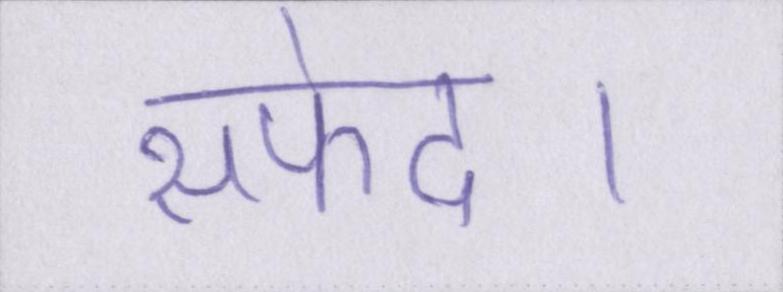
सफेद।